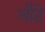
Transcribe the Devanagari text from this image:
भीटे